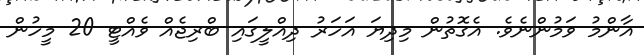
އާންމު ވަމުންނެވެ. އެގޮތުން މިދިޔަ އަހަަރު ދިއްލީގައި ބްރިޖެއް ވެއްޓީ 20 މީހުން